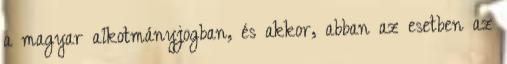
a magyar alkotmányjogban, és akkor, abban az esetben az